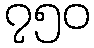
၇၅၀